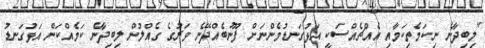
"ލިބިދާނެ ނިކަމެތިކަމާއި އެއްޗެއްސަކީ އަޅުގަނޑުމެންނަށް ފޫނުބެއްދޭނެ ވަރުގެ ގެއްލުން ލިބިދާނެ ކަމެއްކަން އަޅުގަނޑު